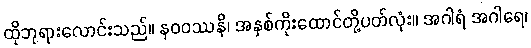
ထိုဘုရားလောင်းသည်။ နဝဝဿနိ၊ အနှစ်ကိုးထောင်တို့ပတ်လုံး။ အဂါရံ အဂါရေ၊